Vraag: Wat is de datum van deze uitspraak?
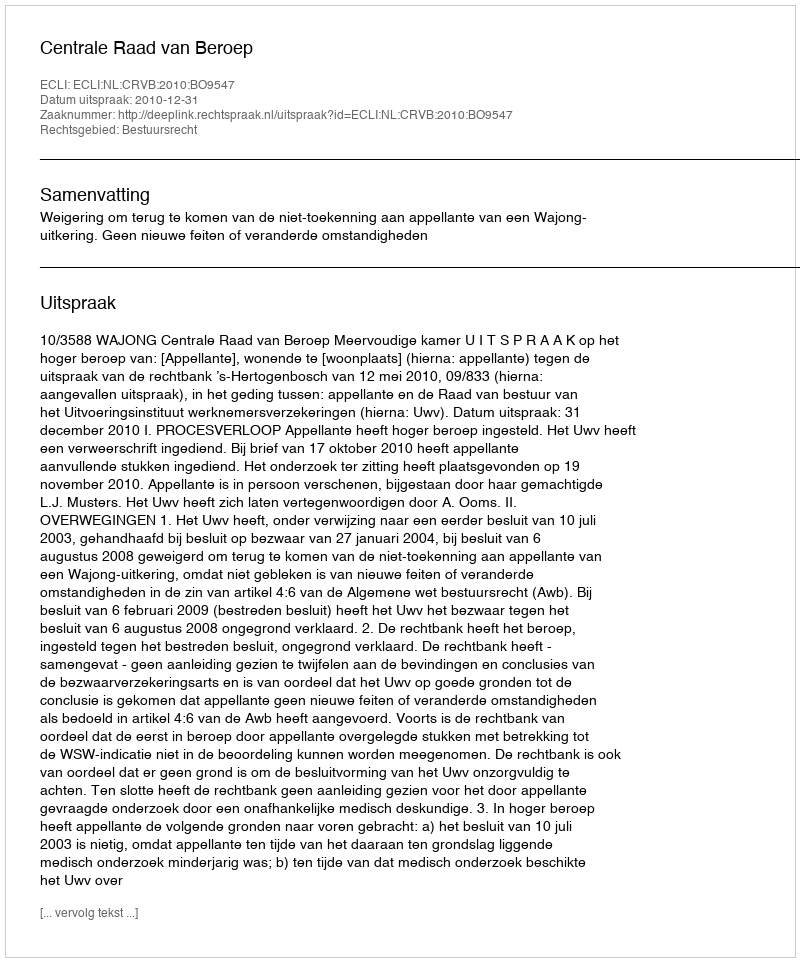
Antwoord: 2010-12-31